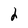
Character: 2